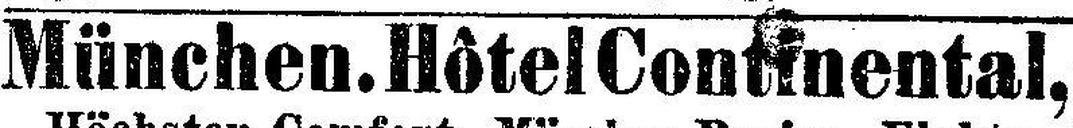
München. Hôtel ContinentaI,